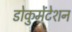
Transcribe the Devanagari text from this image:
डोकुमेंटेशन